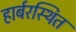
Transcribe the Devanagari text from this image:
हार्बरस्थित